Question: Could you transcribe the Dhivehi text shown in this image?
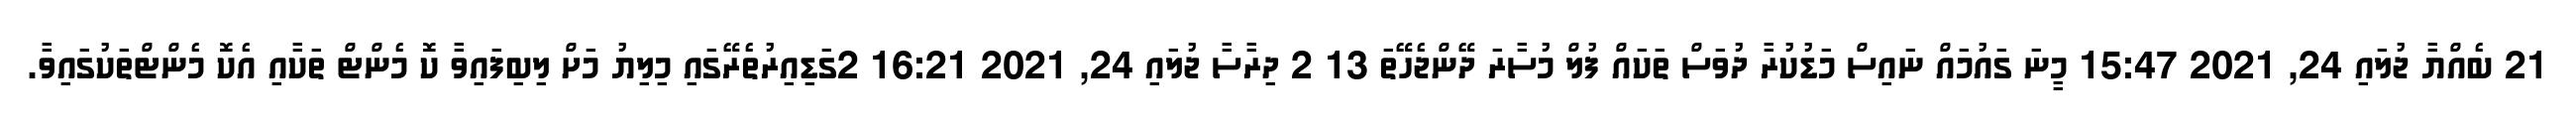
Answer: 21 ބެއްޔާ ޖުލައި 24, 2021 15:47 މީނަ ގައުމައް ނައިސް މަޑުކުރާ ދުވަސް ތަކައް ފުލް މުސާރަ ދޭންޖެހޭތަ 13 2 ދިރާސާ ޖުލައި 24, 2021 16:21 2ގަޑިއިރުތެރޭގައި މިލިޔު މަށް ލިބިފައިވާ ކޮ މެންޓް ތަކާއި އެކޮ މެންޓްތަކުގައިވާ.